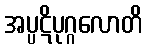
အပ္ပဋိပုဂ္ဂလောတိ